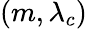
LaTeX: (m,\lambda_{c})